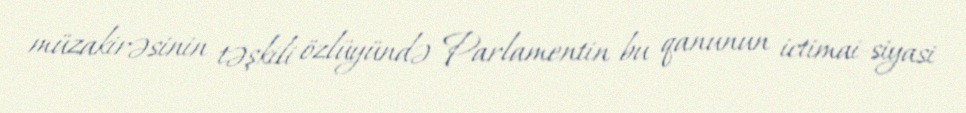
müzakirəsinin təşkili özlüyündə Parlamentin bu qanunun ictimai-siyasi